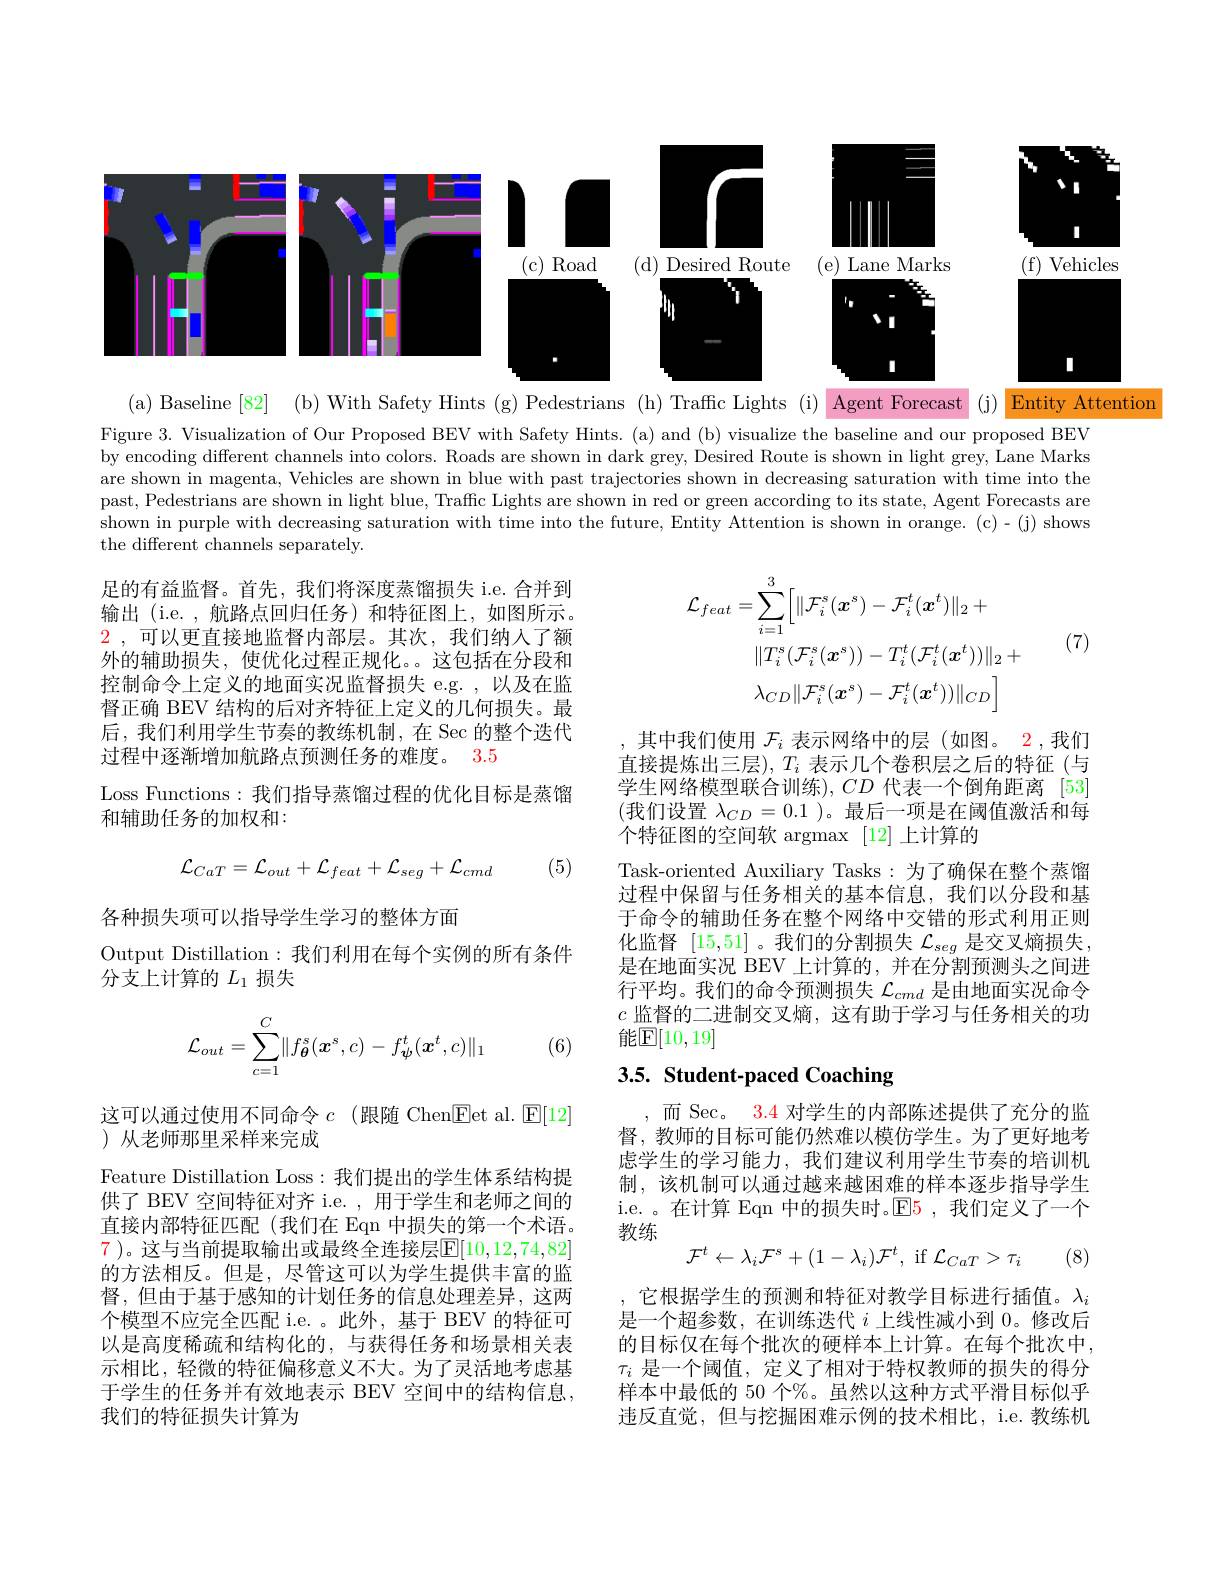
<FigureHere>

( a) Baseline [ 82]

(b) With Safety Hints (g) Pedestrians (h) Traffc Lights (i) Agent Forecast (j) Entity Attention

Figure 3. Visualization of Our Proposed BEV with Safety Hints. (a) and (b) visualize the baseline and our proposed BEV by encoding different channels into colors. Roads are shown in dark grey, Desired Route is shown in light grey, Lane Marks are shown in magenta, Vehicles are shown in blue with past trajectories shown in decreasing saturation with time into the past, Pedestrians are shown in light blue, Traffic Lights are shown in red or green according to its state, Agent Forecasts are shown in purple with decreasing saturation with time into the future, Entity Attention is shown in orange. (c)-(j) shows the different channels separately.
$$\begin{aligned}\mathcal{L}_{feat}&=\sum_{i=1}^{3}\Big[\|\mathcal{F}_{i}^{s}(\boldsymbol{x}^{s})-\mathcal{F}_{i}^{t}(\boldsymbol{x}^{t})\|_{2}+\\&\|T_{i}^{s}(\mathcal{F}_{i}^{s}(\boldsymbol{x}^{s}))-T_{i}^{t}(\mathcal{F}_{i}^{t}(\boldsymbol{x}^{t}))\|_{2}+\\&\lambda_{CD}\|\mathcal{F}_{i}^{s}(\boldsymbol{x}^{s})-\mathcal{F}_{i}^{t}(\boldsymbol{x}^{t}))\|_{CD}\Big]\end{aligned}$$
(7)

足的有益监督。首先，我们将深度蒸馏损失 i.e. 合并到输出 (i.e. , 航路点回归任务)和特征图上，如图所示。$\color{red}2$ ,可以更直接地监督内部层。其次，我们纳人了额外的辅助损失，使优化过程正规化。这包括在分段和控制命令上定义的地面实况监督损失 e.g. ,以及在监督正确 BEV 结构的后对齐特征上定义的几何损失。最后，我们利用学生节奏的教练机制，在 Sec 的整个迭代过程中逐渐增加航路点预测任务的难度。3.5
Loss Functions:我们指导蒸馏过程的优化目标是蒸馏
和辅助任务的加权和：

(5)
$$\mathcal{L}_{CaT}=\mathcal{L}_{out}+\mathcal{L}_{feat}+\mathcal{L}_{seg}+\mathcal{L}_{cmd}$$
其中我们使用$\mathcal{F}_i$表示网络中的层(如图。2,我们直接提炼出三层$),T_i$ 表示几个卷积层之后的特征(与学生网络模型联合训练$),CD$ 代表一个倒角距离 [53] (我们设置 $\lambda_CD=0.1$ )。最后一项是在阈值激活和每个特征图的空间软 argmax [12] 上计算的
Task-oriented Auxiliary Tasks:为了确保在整个蒸馏过程中保留与任务相关的基本信息，我们以分段和基于命令的辅助任务在整个网络中交错的形式利用正则化监督[15,51] 。我们的分割损失$\mathcal{L}_seg$是交叉熵损失是在地面实况 BEV 上计算的，并在分割预测头之间进行平均。我们的命令预测损失$\mathcal{L}_{cmd}$是由地面实况命令$c$监督的二进制交叉熵，这有助于学习与任务相关的功能$\mathbb{E}[10,19]$

各种损失项可以指导学生学习的整体方面
Output Distillation:我们利用在每个实例的所有条件
分支上计算的$L_1$损失
$$\mathcal{L}_{out}=\sum_{c=1}^C\lVert f_{\boldsymbol{\theta}}^s(\boldsymbol{x}^s,c)-f_{\boldsymbol{\psi}}^t(\boldsymbol{x}^t,c)\rVert_1$$
(6)

# 3.5. Student-paced Coaching

这可以通过使用不同命令$c$ (跟随 Chen$\underline{\mathrm{Eet~al.~}}\underline{\mathrm{E[12]}}$

,而 Sec。3.4 对学生的内部陈述提供了充分的监督，教师的目标可能仍然难以模仿学生。为了更好地考虑学生的学习能力，我们建议利用学生节奏的培训机制，该机制可以通过越来越困难的样本逐步指导学生i.e. 。在计算 Eqn 中的损失时。$\mathbb{E}$5 ,我们定义了一个教练
$$\mathcal{F}^{t}\leftarrow\lambda_{i}\mathcal{F}^{s}+(1-\lambda_{i})\mathcal{F}^{t},\:\mathrm{if}\:\mathcal{L}_{CaT}>\tau_{i}$$
(8)

)从老师那里采样来完成
Feature Distillation Loss: 我们提出的学生体系结构提供了 BEV 空间特征对齐 i.e. , 用于学生和老师之间的直接内部特征匹配(我们在 Eqn 中损失的第一个术语。7 )。这与当前提取输出或最终全连接层$\mathbb{E}[10,12,74,82]$ 的方法相反。但是，尽管这可以为学生提供丰富的监督，但由于基于感知的计划任务的信息处理差异，这两个模型不应完全匹配 i.e. 。此外，基于 BEV 的特征可以是高度稀疏和结构化的，与获得任务和场景相关表示相比，轻微的特征偏移意义不大。为了灵活地考虑基于学生的任务并有效地表示 BEV 空间中的结构信息， 我们的特征损失计算为

,它根据学生的预测和特征对教学目标进行插值。$\lambda_i$ 是一个超参数，在训练迭代$i$上线性减小到0。修改后的目标仅在每个批次的硬样本上计算。在每个批次中， $\tau_i$是一个阈值，定义了相对于特权教师的损失的得分样本中最低的 50 个%。虽然以这种方式平滑目标似乎违反直觉，但与挖掘困难示例的技术相比，i.e.教练机